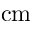
\mathrm { c m }